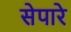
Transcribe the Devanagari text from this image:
सेपारे